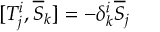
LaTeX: [ T _ { j } ^ { i } , { \overline { { S } } } _ { k } ] = - \delta _ { k } ^ { i } { \overline { { S } } } _ { j }